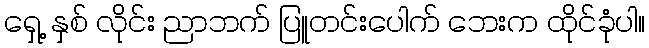
ရှေ့ နှစ် လိုင်း ညာဘက် ပြူတင်းပေါက် ဘေးက ထိုင်ခုံပါ။